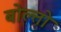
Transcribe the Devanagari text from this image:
बोल्तो